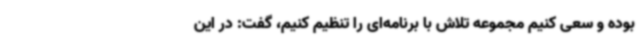
بوده و سعی کنیم مجموعه تلاش با برنامه‌ای را تنظیم کنیم، گفت: در این